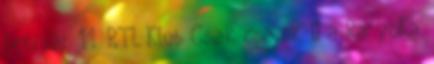
február 11. RTL Klub Csak csajok – a Ra’yoKa